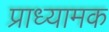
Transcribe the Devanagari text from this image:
प्राध्यामक